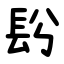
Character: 䦇